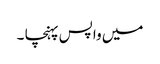
میں واپس پہنچا ۔